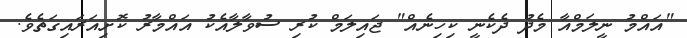
"އައްމު ނީލަމްއާ މެދު ދެކެނީ ކިހިނެއް" ޖައިލަމް ކުރި ސުވާލާއެކު އައްމާރު ކޮށިއަރައިގަތެވެ.